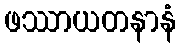
ဖဿာယတနာနံ